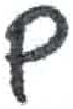
אות: ם